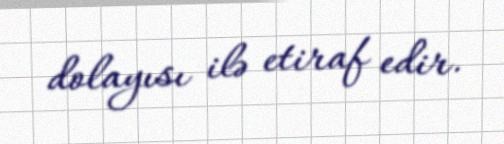
dolayısı ilə etiraf edir.